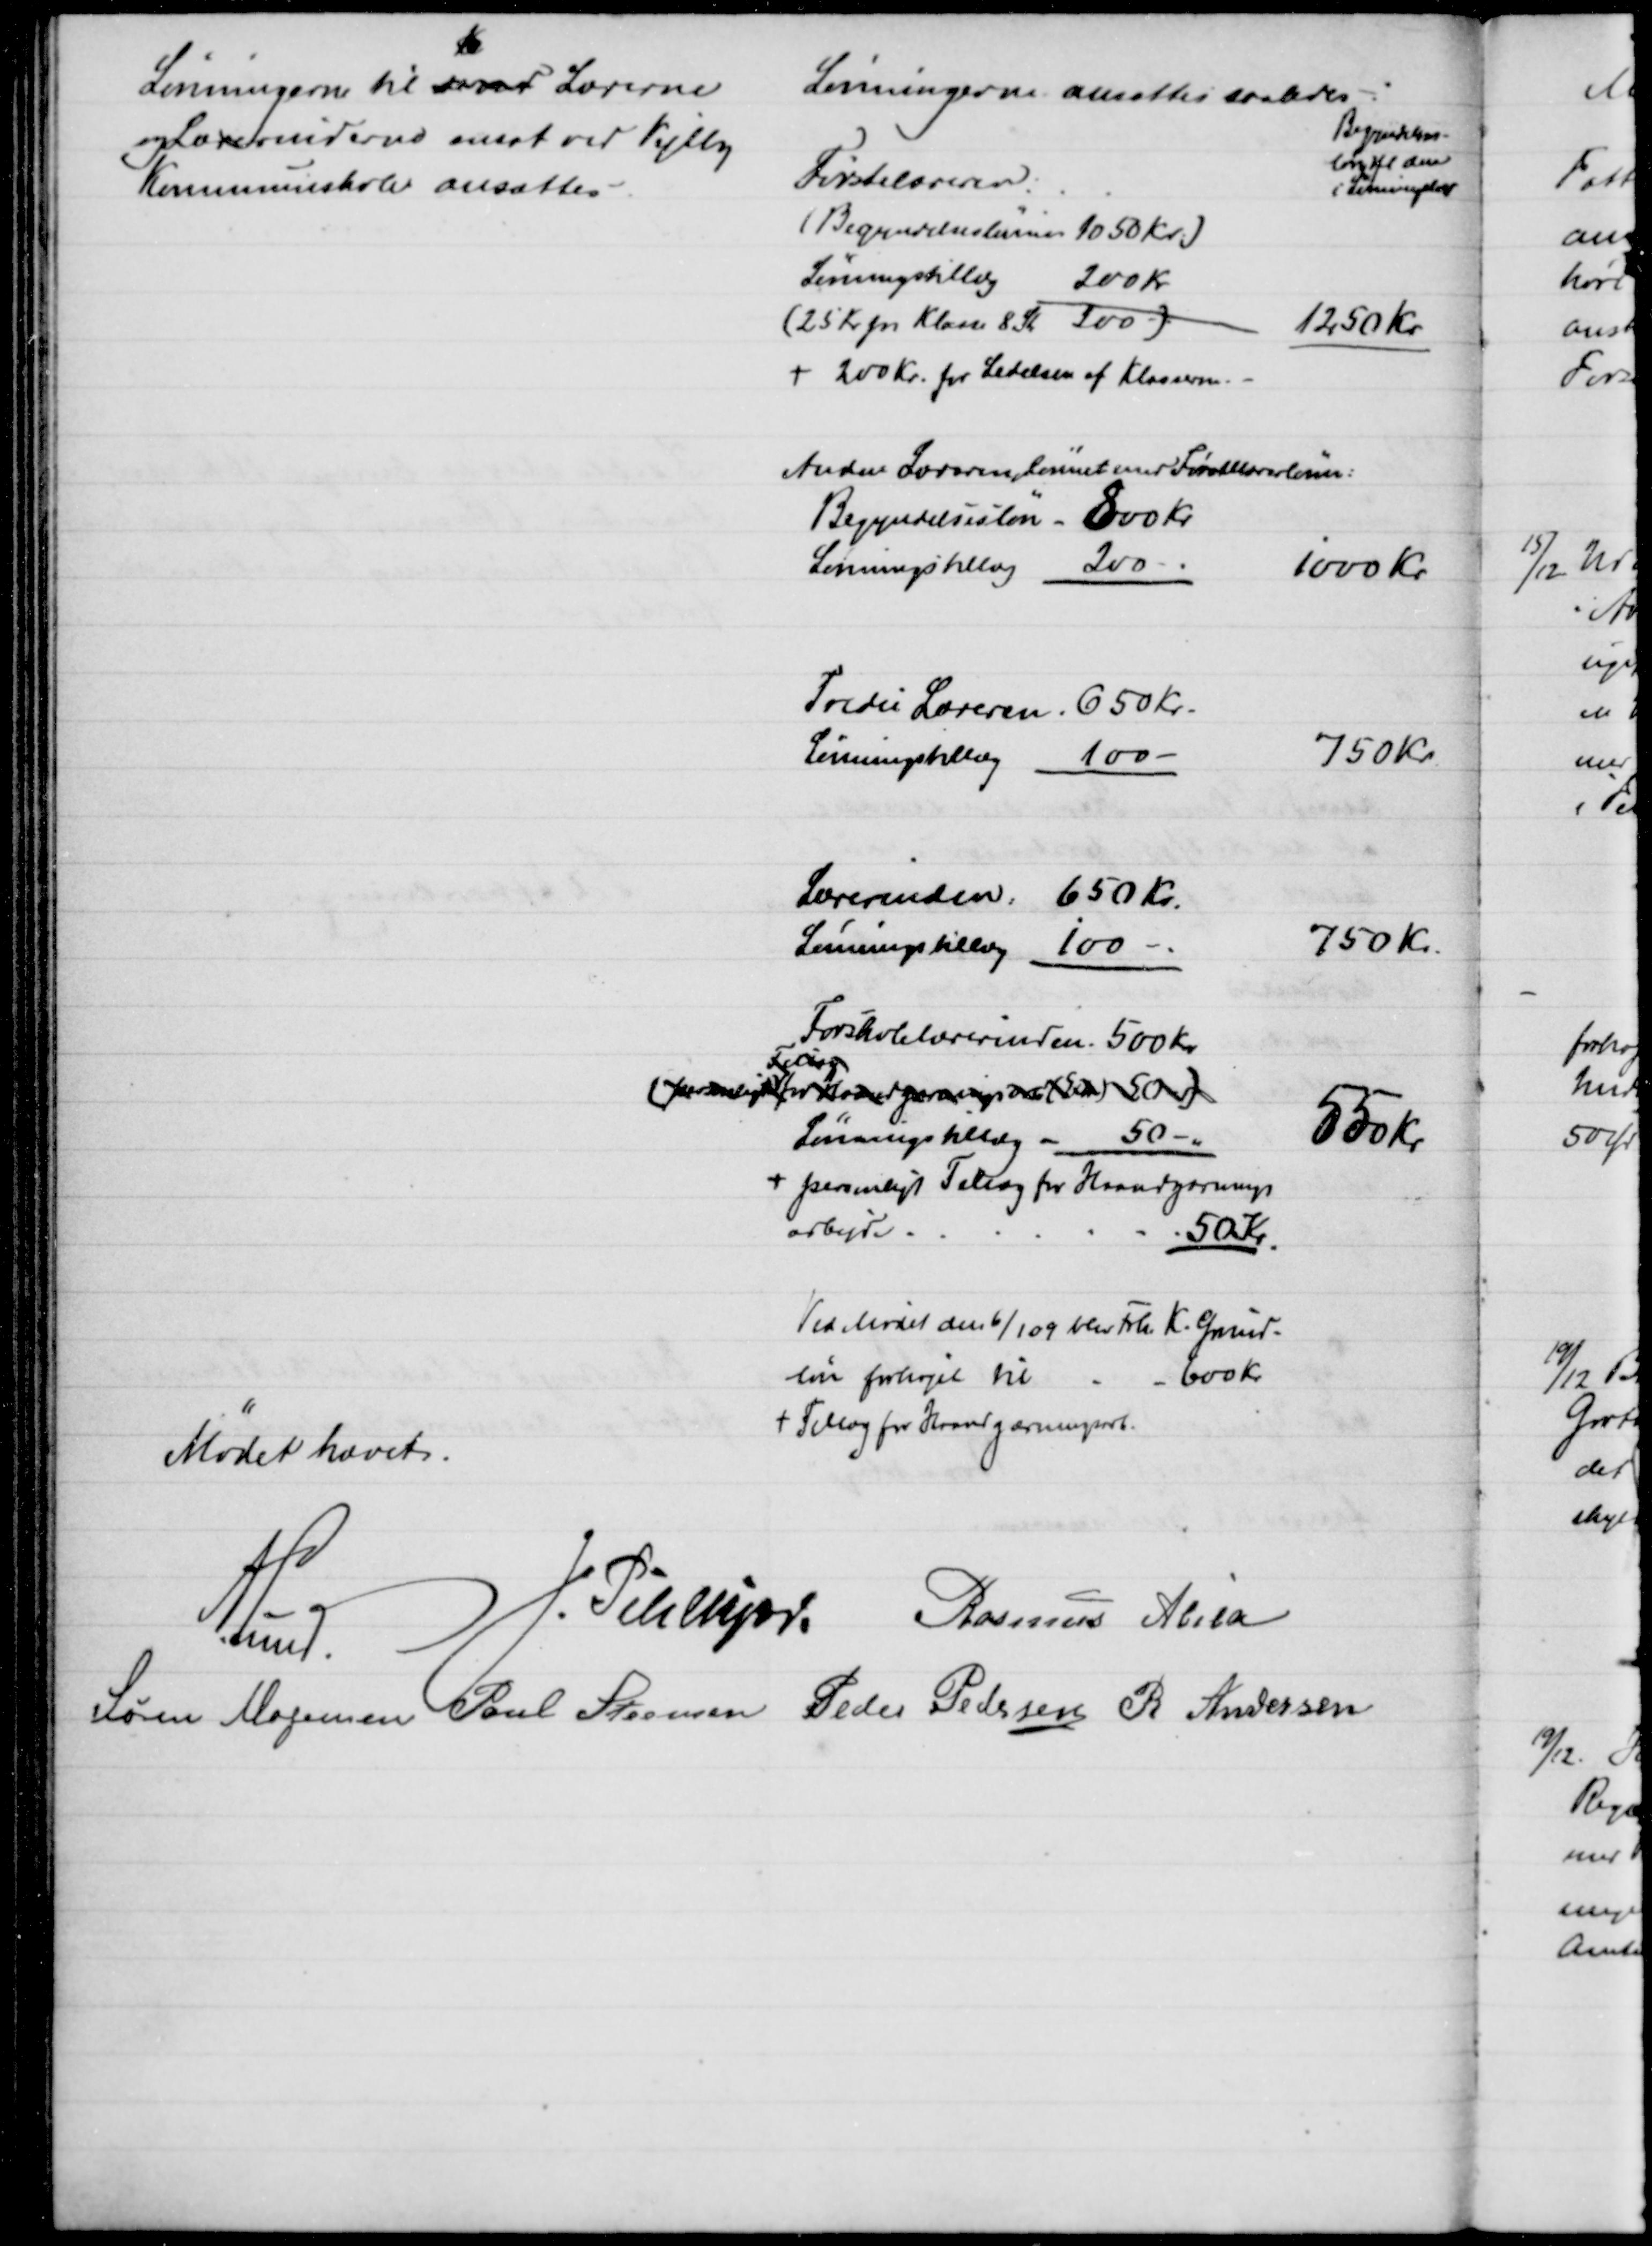
Transskription:
Lønningerne til samt Lærerne
og Lærerinderne ansat ved Vejlby
Kommuneskole ansattes
Lønningerne ansattes saaledes
Begyndelses-
løn ifl den
i Lønningslov
Førstelæreren:
(Begyndelseslønnen 1050 Kr.)
Lønningstillæg
200 Kr.
(25 Kr pr. Klasse 8 St 200 -)
1250 Kr.
+ 200 Kr. for Ledelsen af Klasserne.
Anden Lærerens lønnet med Førstelærerlønn:
Begyndelsesløn 800 Kr.
Lønningstillæg
200
1000 Kr.
Tredie Læreren. 650 Kr.
Lønningstillæg 100 
750 Kr
Lærerinden 650 Kr.
Lønningstillæg 100 
750 Kr.
Forskolelærerinden 500 Kr.
(personligt 
Tillæg
for Haandgærningsarb (Extra) 50)
Lønningstillæg 
50
550 Kr.
+ personligt Tillæg for Haandgærnings
arbejde.
50 Kr
Ved Mødet den 6/1 09 blev Frk. K. Grund-
løn forhøjet til 
600 Kr
+ Tillæg for Haandgærningsarb.
Mødet hævet.
A. Lund. 
J. Pihlkjær Rasmus Abild
Søren Mogensen Poul Steensen Peder Pedersen R Andersen